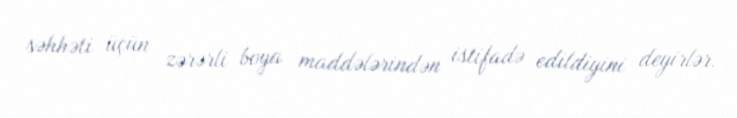
səhhəti üçün zərərli boya maddələrindən istifadə edildiyini deyirlər.